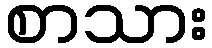
စာသား